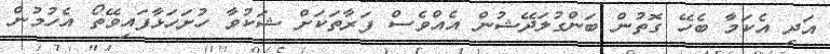
އަދި އެކަމާ ބެހޭ ގޮތުން ބަންގުލަދޭޝުން އެއްވެސް ފަރާތަކަށް ޝަކުވާ ހުށަހަޅާފައިވޭތޯ އެހުމުން